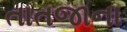
તાતજાના